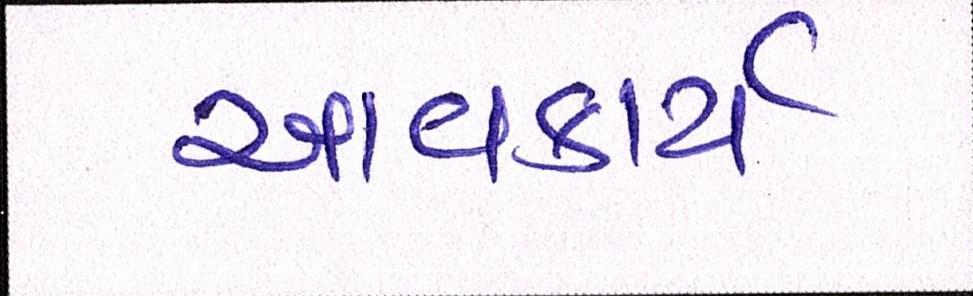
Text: આવકાર્ય